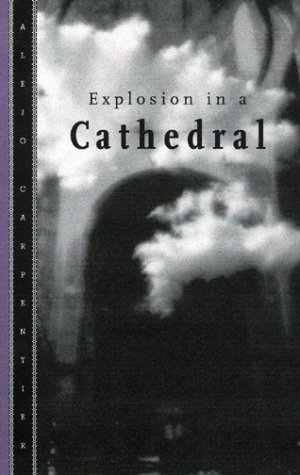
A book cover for Explosion in a Cathedral; Alejo Carpentier; Literature & Fiction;